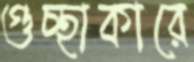
গুচ্ছাকারে